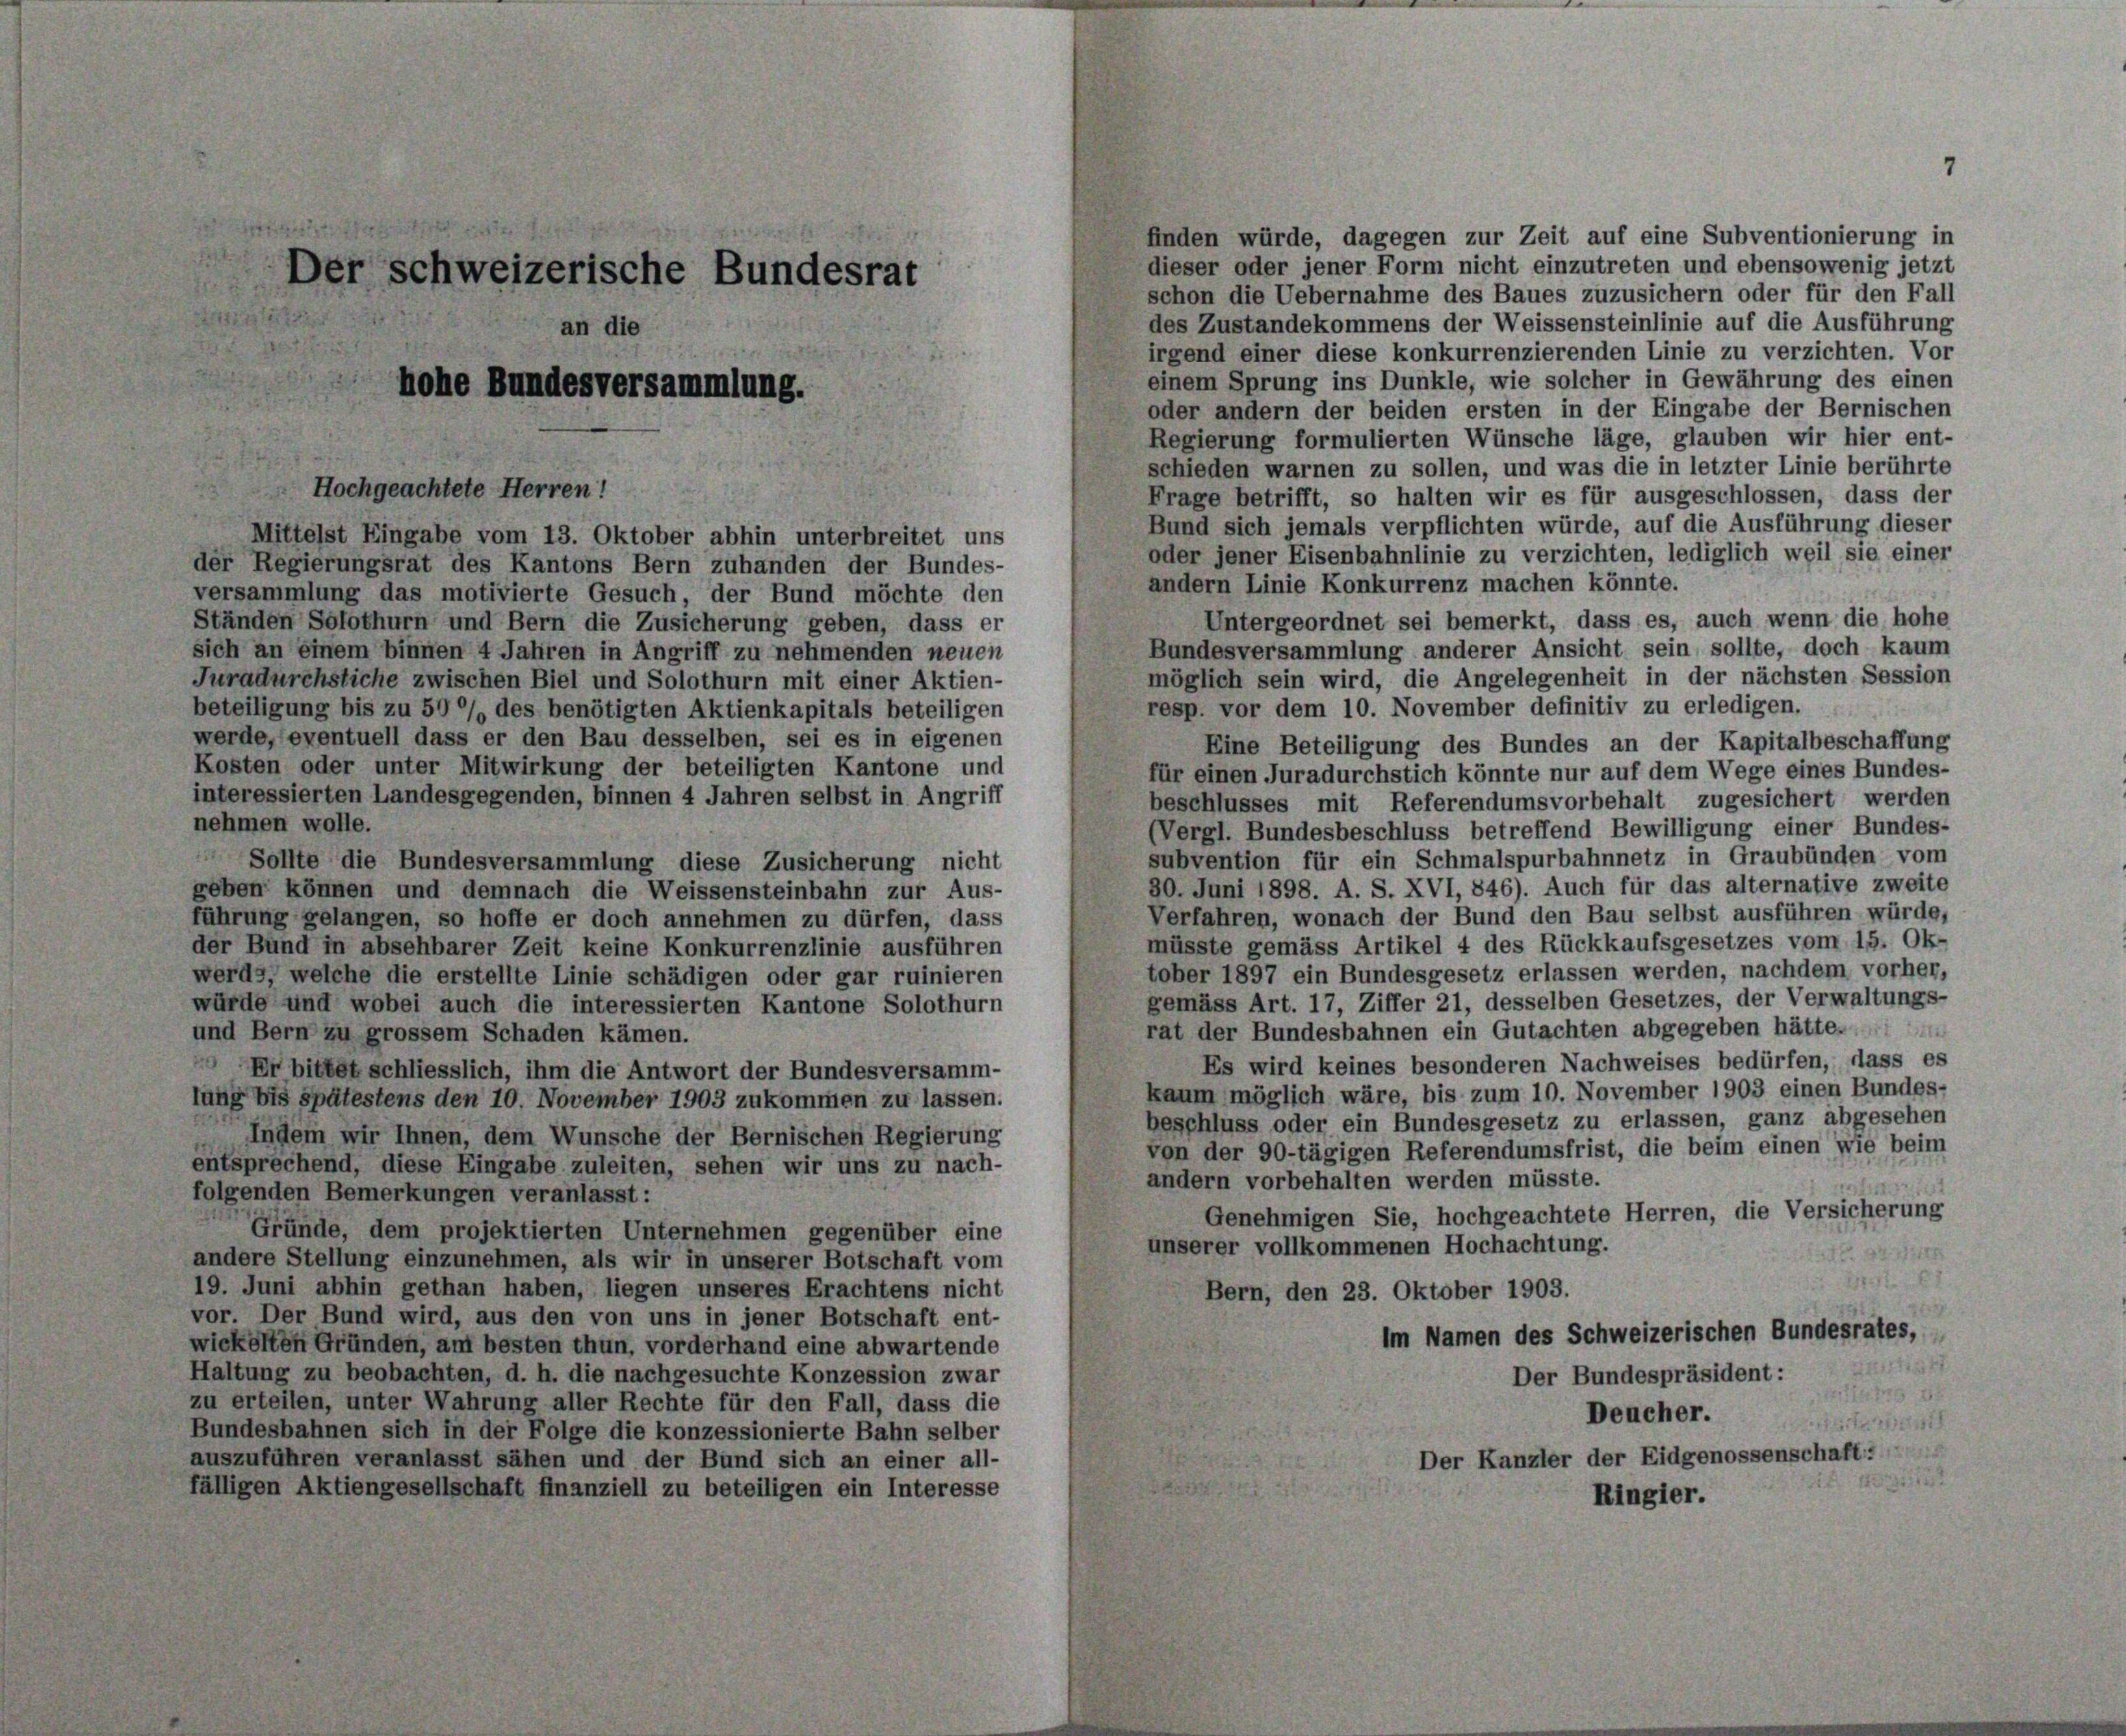
Hochgeachtete Herren!

Der schweizerische Bundesrat

finden würde, dagegen zur Zeit auf eine Subventionierung in
dieser oder jener Form nicht einzutreten und ebensowenig jetzt
schon die Uebernahme des Baues zuzusichern oder für den Fall
des Zustandekommens der Weissensteinlinie auf die Ausführung
an die
irgend einer diese konkurrenzierenden Linie zu verzichten. Vor
einem Sprung ins Dunkle, wie solcher in Gewährung des einen
hohe Bundesversammlung.
oder andern der beiden ersten in der Eingabe der Bernischen
Regierung formulierten Wünsche läge, glauben wir hier ent-
schieden warnen zu sollen, und was die in letzter Linie berührte
Frage betrifft, so halten wir es für ausgeschlossen, dass der
Bund sich jemals verpflichten würde, auf die Ausführung dieser
Mittelst Eingabe vom 13. Oktober abhin unterbreitet uns
oder jener Eisenbahnlinie zu verzichten, lediglich weil sie einer
der Regierungsrat des Kantons Bern zuhanden der Bundes-
andern Linie Konkurrenz machen könnte.
versammlung das motivierte Gesuch, der Bund möchte den
Untergeordnet sei bemerkt, dass es, auch wenn die hohe
Ständen Solothurn und Bern die Zusicherung geben, dass er
Bundesversammlung anderer Ansicht sein sollte, doch kaum
sich an einem binnen 4 Jahren in Angriff zu nehmenden neuen
möglich sein wird, die Angelegenheit in der nächsten Session
Juradurchstiche zwischen Biel und Solothurn mit einer Aktien-
resp. vor dem 10. November definitiv zu erledigen.
beteiligung bis zu 50 % des benötigten Aktienkapitals beteiligen
werde, eventuell dass er den Bau desselben, sei es in eigenen
Eine Beteiligung des Bundes an der Kapitalbeschaffung
Kosten oder unter Mitwirkung der beteiligten Kantone und
für einen Juradurchstich könnte nur auf dem Wege eines Bundes-
interessierten Landesgegenden, binnen 4 Jahren selbst in Angriff
beschlusses mit Referendumsvorbehalt zugesichert werden
nehmen wolle.
(Vergl. Bundesbeschluss betreffend Bewilligung einer Bundes-
subvention für ein Schmalspurbahnnetz in Graubünden vom
 Sollte die Bundesversammlung diese Zusicherung nicht
30. Juni 1898. A. S. XVI, 846). Auch für das alternative zweite
geben können und demnach die Weissensteinbahn zur Aus-
Verfahren, wonach der Bund den Bau selbst ausführen würde,
führung gelangen, so hoffe er doch annehmen zu dürfen, dass
müsste gemäss Artikel 4 des Rückkaufsgesetzes vom 15. Ok-
der Bund in absehbarer Zeit keine Konkurrenzlinie ausführen
tober 1897 ein Bundesgesetz erlassen werden, nachdem vorher,
werde, welche die erstellte Linie schädigen oder gar ruinieren
gemäss Art. 17, Ziffer 21, desselben Gesetzes, der Verwaltungs-
würde und wobei auch die interessierten Kantone Solothurn
rat der Bundesbahnen ein Gutachten abgegeben hätte.
und Bern zu grossem Schaden kämen.
Es wird keines besonderen Nachweises bedürfen, dass es
Er bittet schliesslich, ihm die Antwort der Bundesversamm-
kaum möglich wäre, bis zum 10. November 1903 einen Bundes-
lung bis spätestens den 10. November 1903 zukommen zu lassen.
beschluss oder ein Bundesgesetz zu erlassen, ganz abgesehen
Indem wir Ihnen, dem Wunsche der Bernischen Regierung
von der 90-tägigen Referendumsfrist, die beim einen wie beim
entsprechend, diese Eingabe zuleiten, sehen wir uns zu nach-
andern vorbehalten werden müsste.
97
folgenden Bemerkungen veranlasst:
Genehmigen Sie, hochgeachtete Herren, die Versicherung
Gründe, dem projektierten Unternehmen gegenüber eine
unserer vollkommenen Hochachtung.
andere Stellung einzunehmen, als wir in unserer Botschaft vom
19. Juni abhin gethan haben, liegen unseres Erachtens nicht
Bern, den 23. Oktober 1903.
vor. Der Bund wird, aus den von uns in jener Botschaft ent-
Im Namen des Schweizerischen Bundesrates,
wickelten Gründen, am besten thun, vorderhand eine abwartende
Haltung zu beobachten, d. h. die nachgesuchte Konzession zwar
Der Bundespräsident:
zu erteilen, unter Wahrung aller Rechte für den Fall, dass die
Deucher.
ct
Bundesbahnen sich in der Folge die konzessionierte Bahn selber
Der Kanzler der Eidgenossenschaft:
auszuführen veranlasst sähen und der Bund sich an einer all-
fälligen Aktiengesellschaft finanziell zu beteiligen ein Interesse
Ringier.